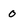
Character: 0